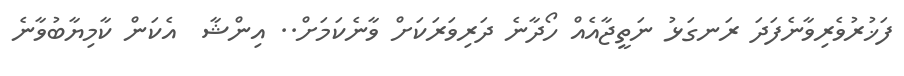
ފަޚުރުވެރިވާނެފަދަ ރަނގަޅު ނަތީޖާއެއް ހޯދާނެ ދަރިވަރަކަށް ވާނެކަމަށް.. އިންޝާ  އެކަން ކާމިޔާބުވާނެ